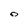
Character: O